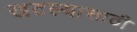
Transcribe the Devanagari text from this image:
खटल्यासाठी